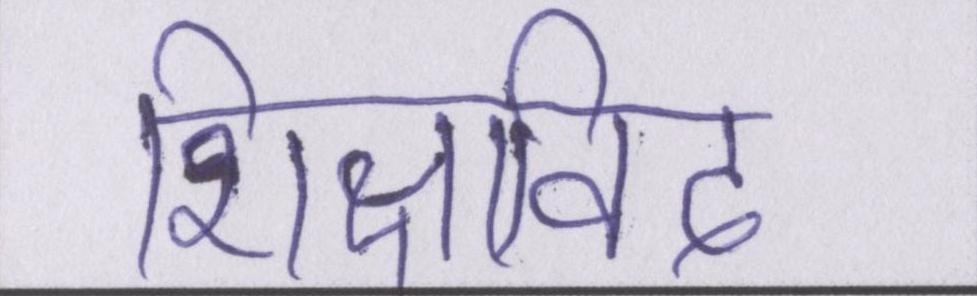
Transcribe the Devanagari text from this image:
शिक्षाविद